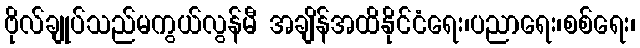
ဗိုလ်ချုပ်သည်မကွယ်လွန်မီ အချိန်အထိနိုင်ငံရေး၊ပညာရေး၊စစ်ရေး၊